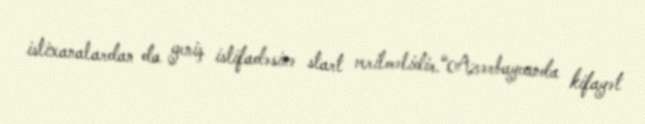
istixanalardan da geniş istifadəsinə start verilməlidir.“Azərbaycanda kifayət